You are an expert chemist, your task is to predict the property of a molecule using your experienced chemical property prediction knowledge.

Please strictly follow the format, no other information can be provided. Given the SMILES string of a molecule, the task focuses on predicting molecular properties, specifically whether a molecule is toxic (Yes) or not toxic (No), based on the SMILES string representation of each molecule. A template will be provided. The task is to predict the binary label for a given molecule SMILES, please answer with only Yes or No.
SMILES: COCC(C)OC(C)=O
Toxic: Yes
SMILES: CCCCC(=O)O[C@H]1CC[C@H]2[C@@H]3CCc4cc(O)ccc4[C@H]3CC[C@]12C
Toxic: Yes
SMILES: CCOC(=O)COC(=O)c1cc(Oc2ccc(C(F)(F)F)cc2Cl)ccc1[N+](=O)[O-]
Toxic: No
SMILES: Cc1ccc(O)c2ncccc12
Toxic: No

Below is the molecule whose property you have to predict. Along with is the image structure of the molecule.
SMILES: N#CCCSCCC#N
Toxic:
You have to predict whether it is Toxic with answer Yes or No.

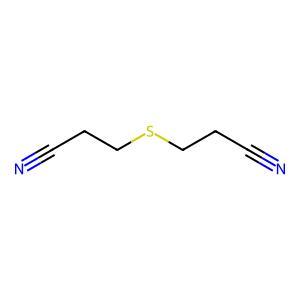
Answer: No